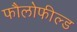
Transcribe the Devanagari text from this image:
फौलोफील्ड